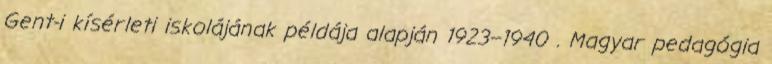
Gent-i kísérleti iskolájának példája alapján 1923–1940 . Magyar pedagógia